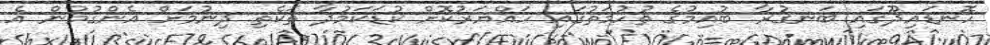
ހޮނޑައިދޫގައި ބަނގުރާ ބުއިމުގެ ތުހުމަތުގައި ހައްޔަރުކޮށް ކުޑަކަމުދާ ތަކެތި ދިނުމަށް އެންގުމުން އެ